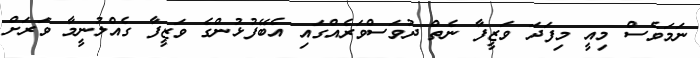
ނަމަވެސް މިއީ މިފަދަ ވަޒީފާ ނެތް ދުވަސްވަރެއްގައި އެބޭފުޅުންގެ ވަޒީފާ ގެއްލުނީމާ ވަރަށް